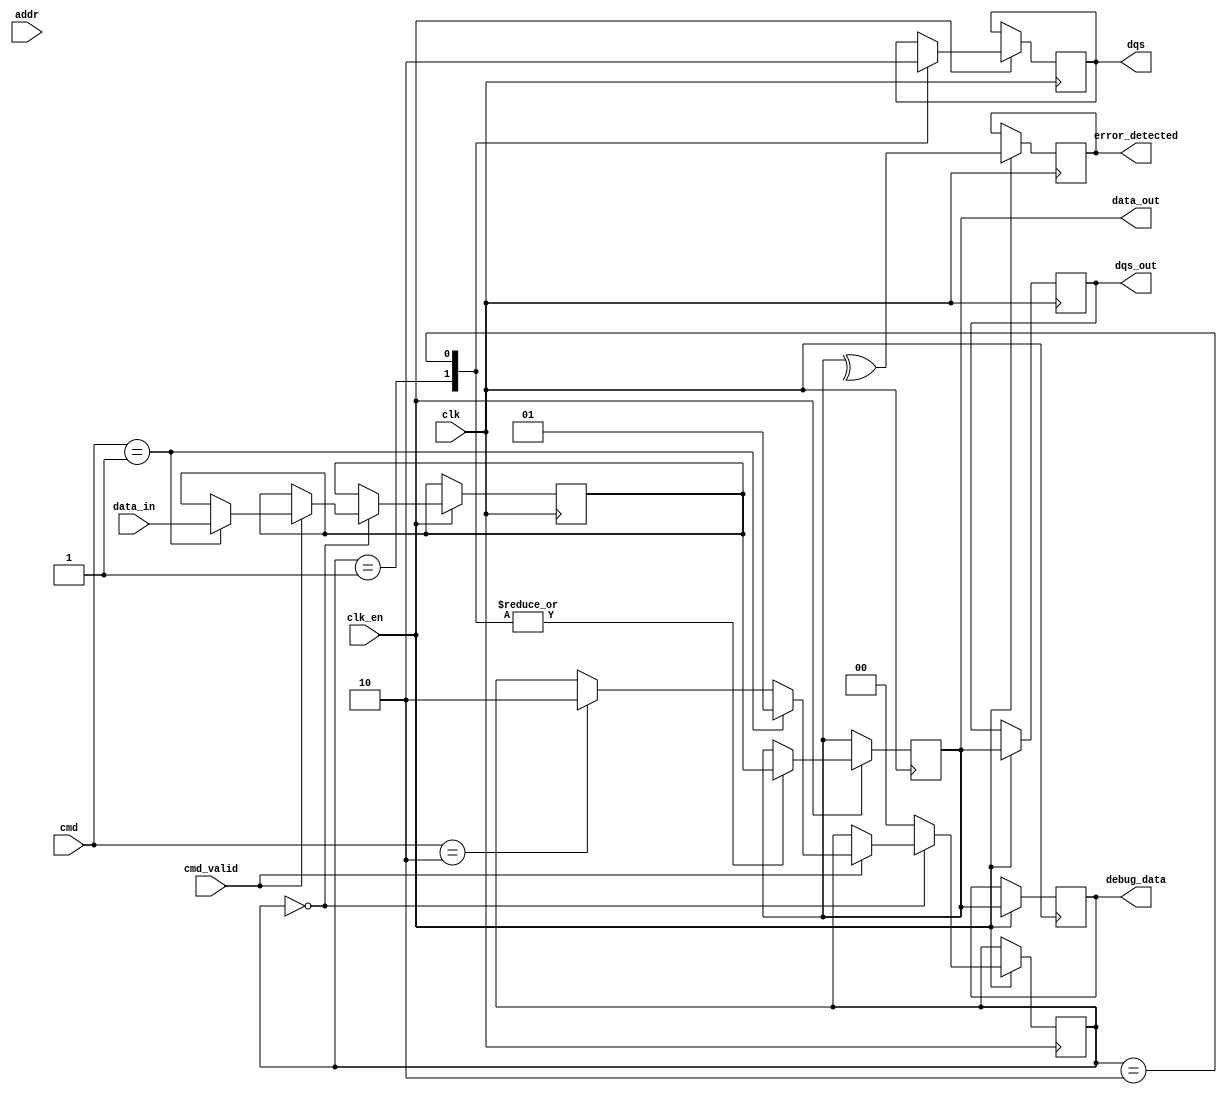
module gddr_io_block #(
    parameter DATA_WIDTH = 32, // Data width (16, 32, or 64 bits)
    parameter ADDR_WIDTH = 16   // Address width
)(
    input wire clk,              // Clock signal
    input wire clk_en,           // Clock enable signal
    input wire [DATA_WIDTH-1:0] data_in, // Data input
    output reg [DATA_WIDTH-1:0] data_out, // Data output
    input wire [ADDR_WIDTH-1:0] addr, // Address input
    input wire cmd_valid,        // Command valid signal
    input wire [2:0] cmd,        // Command (read, write, refresh)
    output reg dqs,              // Data Strobe signal
    output reg [DATA_WIDTH-1:0] dqs_out, // DQS output
    output reg error_detected,    // Error detection signal
    output reg [DATA_WIDTH-1:0] debug_data // Debug data output
);

// Internal signals
reg [DATA_WIDTH-1:0] data_buffer;
reg [1:0] state; // State machine for command processing

// State machine for command processing
always @(posedge clk) begin
    if (clk_en) begin
        case (state)
            2'b00: begin // Idle state
                if (cmd_valid) begin
                    if (cmd == 3'b001) begin // Write command
                        data_buffer <= data_in;
                        state <= 2'b01; // Move to write state
                    end else if (cmd == 3'b010) begin // Read command
                        state <= 2'b10; // Move to read state
                    end
                end
            end
            2'b01: begin // Write state
                // Simulate write operation
                data_out <= data_buffer;
                dqs <= 1'b1; // Assert DQS for write
                state <= 2'b00; // Return to idle
            end
            2'b10: begin // Read state
                // Simulate read operation
                data_out <= data_buffer; // Assume data is read from buffer
                dqs <= 1'b0; // Deassert DQS for read
                state <= 2'b00; // Return to idle
            end
            default: state <= 2'b00; // Default to idle
        endcase
    end
end

// DQS generation logic
always @(posedge clk) begin
    if (clk_en) begin
        dqs_out <= data_out; // Output DQS aligned with data
    end
end

// Error detection logic (simple parity check for demonstration)
always @(posedge clk) begin
    if (clk_en) begin
        error_detected <= ^data_out; // Simple parity check
    end
end

// Debugging output
always @(posedge clk) begin
    if (clk_en) begin
        debug_data <= data_out; // Output current data for debugging
    end
end

endmodule